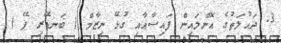
3. ދައުލަތުގެ އޮންލައިން ފައިސާއާއި ގުޅޭ ނިޒާމް ( ބަނޑޭރި ޕޭ )